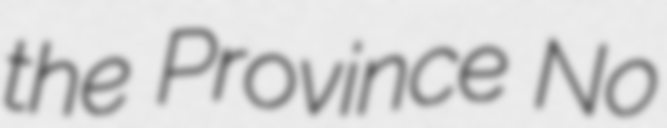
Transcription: the Province No